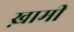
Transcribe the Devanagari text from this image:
ख़ामी